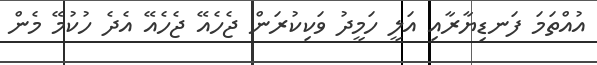
އުއްތަމަ ފަނޑިޔާރާއި އަލީ ހަމީދު ވަކިކުރަން ޖެހެއޭ ޖެހެއޭ އެދެ ހުކުމޭ މެން